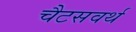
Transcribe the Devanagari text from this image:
चैटसवर्थ